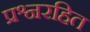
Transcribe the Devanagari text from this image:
प्रश्नरहित